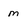
Character: m